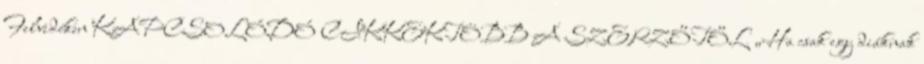
Felvidéken KAPCSOLÓDÓ CIKKEKTÖBB A SZERZŐTŐL „Ha csak egy diáknak